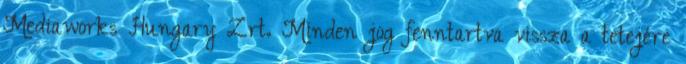
Mediaworks Hungary Zrt. Minden jog fenntartva vissza a tetejére